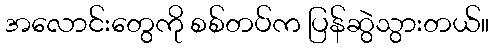
အလောင်းတွေကို စစ်တပ်က ပြန်ဆွဲသွားတယ်။